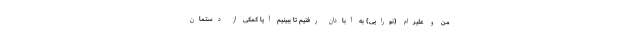
من و علیرام (نورایی) به آبادان رفتیم تا ببینیم آیا کمکی از دستمان